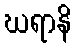
ဃရာနိ